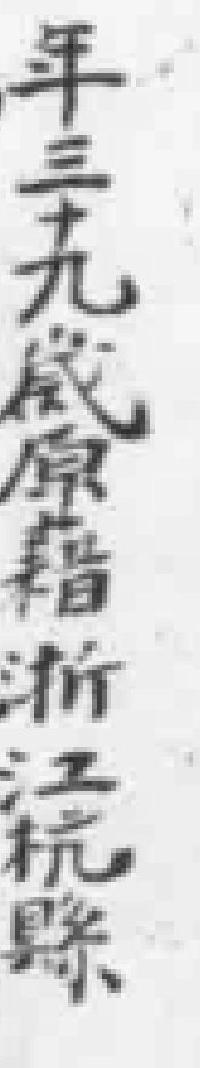
年三十九歲原籍浙江杭縣